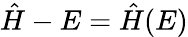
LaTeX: \hat{H}-E=\hat{H}(E)